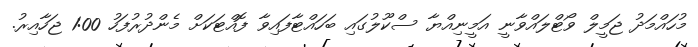
މުހައްމަދު ޖަމީލް ވޯޓްލައްވާނީ އަމީނިއްޔާ ސްކޫލުގައި ބަހައްޓާފައިވާ ފޮއްޓަކަށް މެންދުރުފަހު 1:00 ޖަހާއިރު.